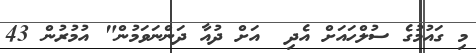
މި ގައުމުގެ ސުލްހައަށް އެދި  އަށް ދުއާ ދަންނަވަމުން" އުމުރުން 43